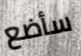
سأضع